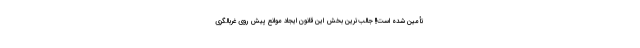
تأمین شده است!! جالب‌ترین بخش این قانون ایجاد موانع پیش روی غربالگری